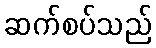
ဆက်စပ်သည်